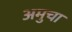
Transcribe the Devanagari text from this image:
अमुचा